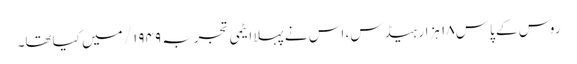
روس کے پاس ۱۸ ہزار ہیڈس، اس نے پہلا ایٹمی تجربہ ۱۹۴۹/ میں کیاتھا۔